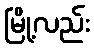
မြို့လည်း